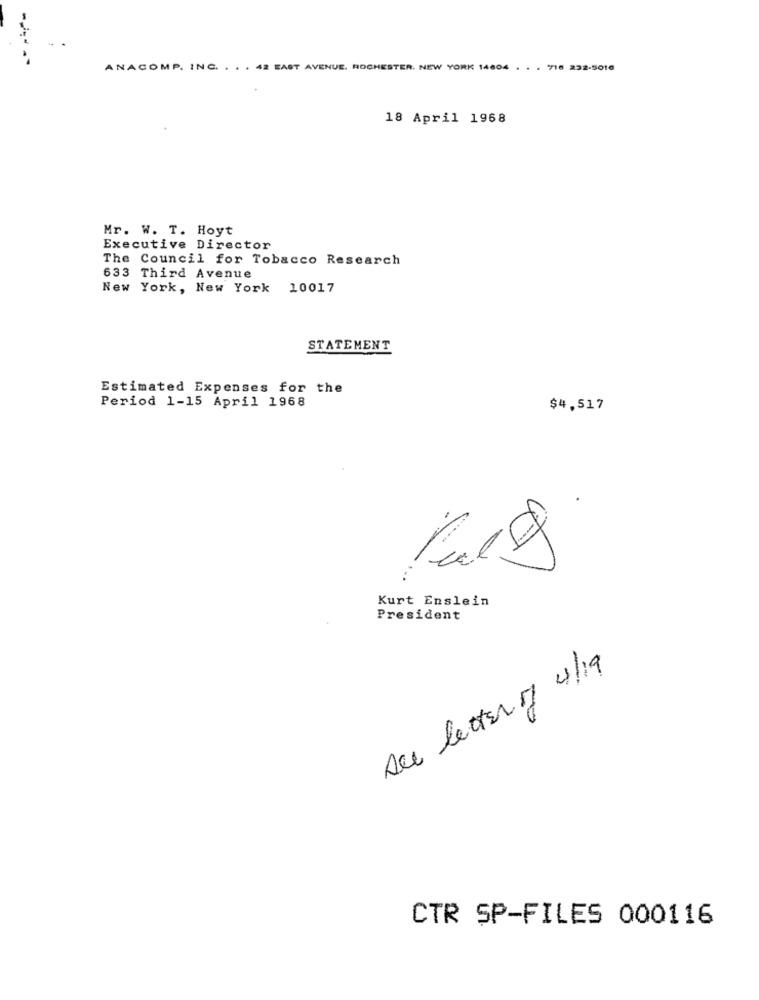
ANACOMP. ING. . . . 42 EAST AVENUE, ROCHESTER. NEW YORK 14604 . . . 716 232-5016
18 April 1968
Mr. W. T. Hoyt
Executive Director
The Council for Tobacco Research
633 Third Avenue
New York, New York 10017
STATEMENT
Estimated Expenses for the
Period 1-15 April 1968
$4,517
=
Kurt Enslein
President
sec letter ry 4/19
CTR SP-FILES 000116